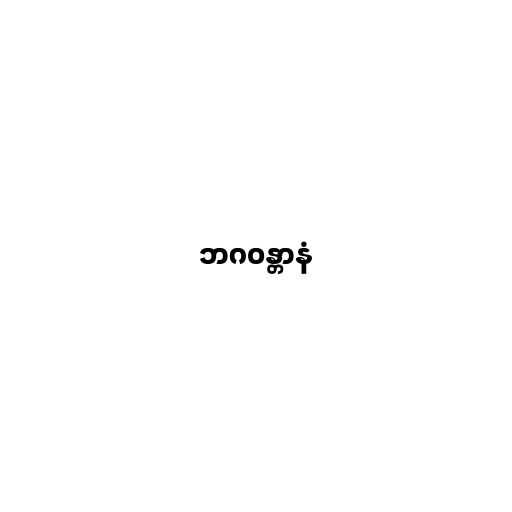
ဘဂဝန္တာနံ